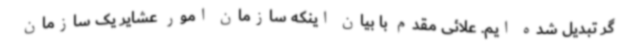
گر تبدیل شده ایم. علائی مقدم با بیان اینکه سازمان امور عشایر یک سازمان